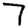
Digit: 7